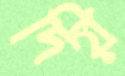
দিয়